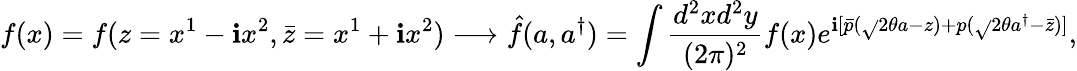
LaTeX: f(x)=f(z=x^{1}-\mathbf{i}x^{2},\bar{{z}}=x^{1}+\mathbf{i}x^{2})\longrightarrow\hat{{f}}(a,a^{\dagger})=\int\frac{{d^{2}xd^{2}y}}{{(2\pi)^{2}}}f(x)e^{\mathbf{i}[\bar{{p}}(\sqrt{}{{2\theta}}a-z)+p(\sqrt{}{{2\theta}}a^{\dagger}-\bar{{z}})]},